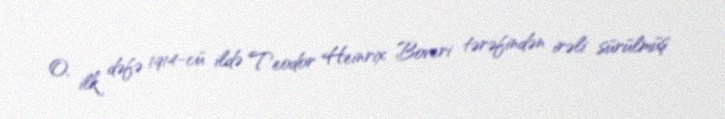
O, ilk dəfə 1914-cü ildə Teodor Heinrix Boveri tərəfindən irəli sürülmüş